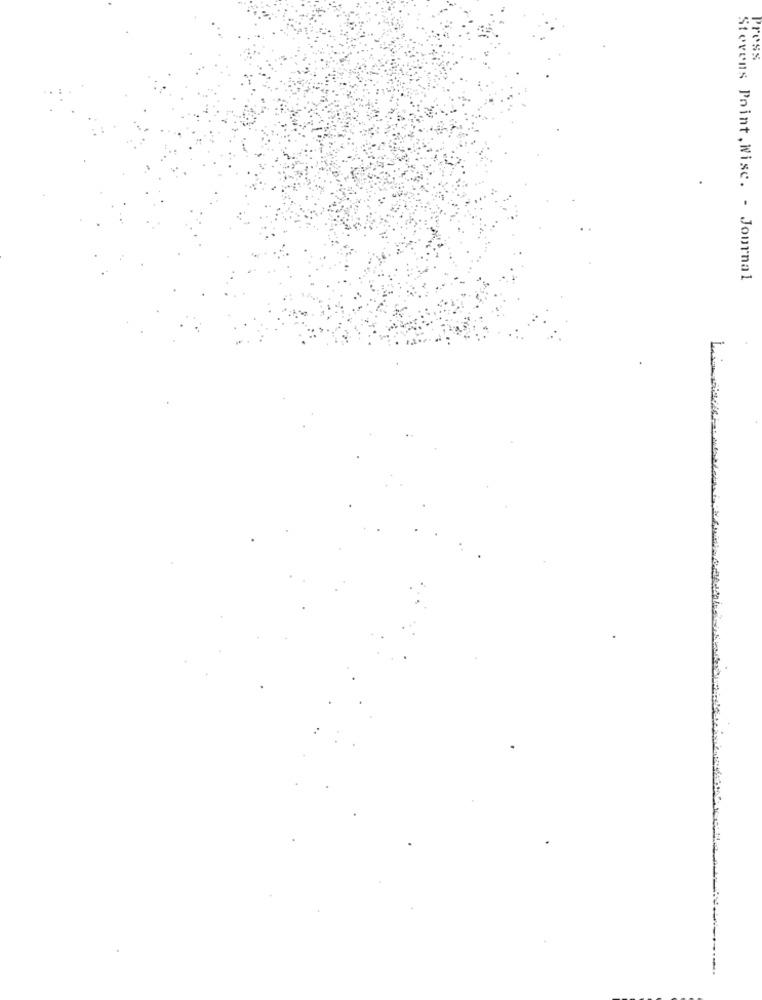
Press
Stevens Point , Wisc. - Journal